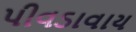
પીવડાવાય